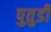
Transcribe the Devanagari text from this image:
पुतुडी